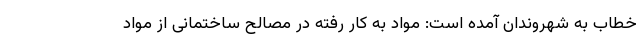
خطاب به شهروندان آمده است: مواد به کار رفته در مصالح ساختمانی از مواد